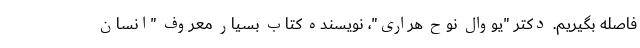
فاصله بگیریم. دکتر "یووال نوح هراری"، نویسنده کتاب بسیار معروف "انسان